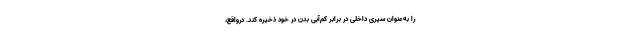
را به‌عنوان سپری داخلی در برابر کم‌آبیِ بدن در خود ذخیره کند. درواقع،